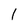
Character: 1